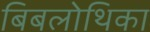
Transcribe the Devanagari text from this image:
बिबलोथिका